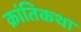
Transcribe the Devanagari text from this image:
क्रांतिकथा